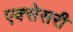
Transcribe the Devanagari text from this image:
एक्सेसरी